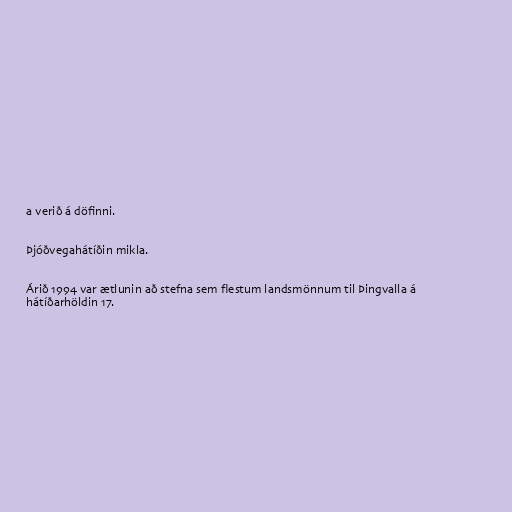
a verið á döfinni.

Þjóðvegahátíðin mikla.

Árið 1994 var ætlunin að stefna sem flestum landsmönnum til Þingvalla á
hátíðarhöldin 17.